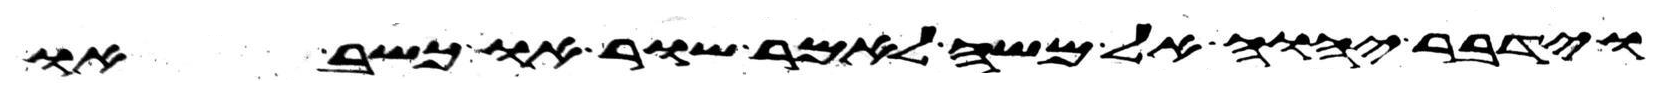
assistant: וידבר יהוה אל משה לאמר שור או כשב או